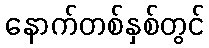
နောက်တစ်နှစ်တွင်